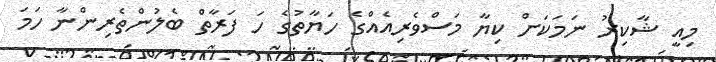
މިއީ ޝާކިރު ނަމަކަށް ކިޔާ މަސްވެރިއެއްގެ ހަޔާތުގެ ހަ ފަރާތް ބެލުންތެރިންނާ ހަމަ